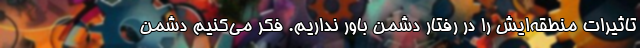
تاثیرات منطقه‌ایش را در رفتار دشمن باور نداریم. فکر می‌کنیم دشمن